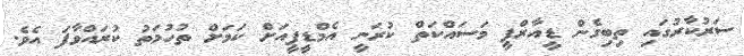
ސަރުކާރުގައި ތިބިގެން ޑީއާރްޕީ މަސައްކަތް ކުރަނީ އެމްޑީޕީއަށް ކަމަށް ތުހުމަތު ކުރައްވާފަ އެވެ.